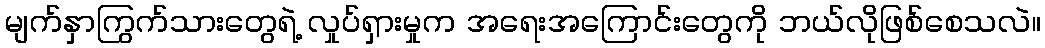
မျက်နှာကြွက်သားတွေရဲ့ လှုပ်ရှားမှုက အရေးအကြောင်းတွေကို ဘယ်လိုဖြစ်စေသလဲ။